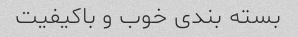
بسته بندی خوب و باکیفیت